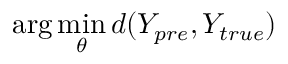
\arg \operatorname* { m i n } _ { \theta } d ( Y _ { p r e } , Y _ { t r u e } )